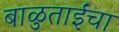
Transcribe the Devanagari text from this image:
बाळुताईंचा